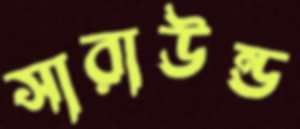
সারাউন্ড